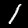
Digit: 1